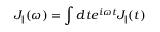
J _ { \parallel } ( \omega ) = \int d t e ^ { i \omega t } J _ { \parallel } ( t )